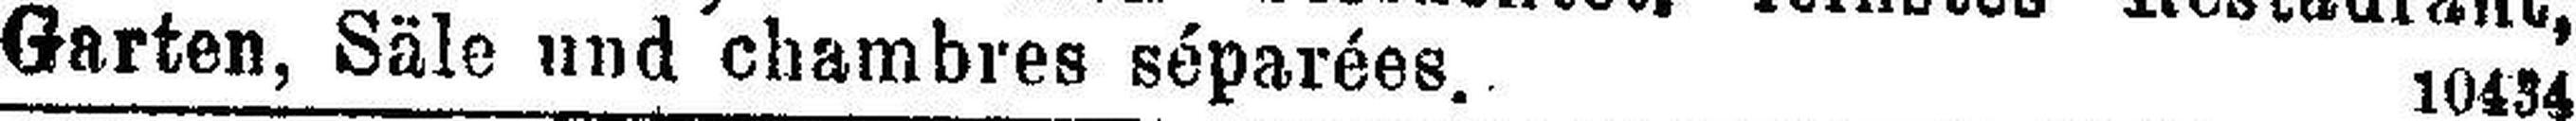
Garten, Säle und chambres séparées. 10434